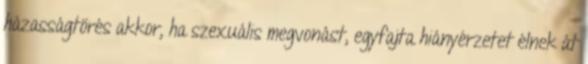
házasságtörés akkor, ha szexuális megvonást, egyfajta hiányérzetet élnek át